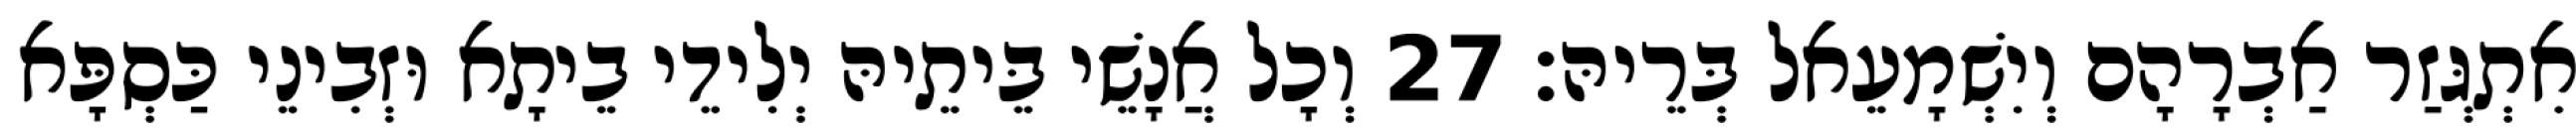
אִתְגְּזַר אַבְרָהָם וְיִשְׁמָעֵאל בְּרֵיהּ׃ 27 וְכָל אֲנָשֵׁי בֵּיתֵיהּ יְלִידֵי בֵיתָא וּזְבִינֵי כַּסְפָּא